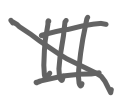
Text: III
Cross-out: diagonal
Writing tool: digital_gray